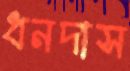
ধনদাস